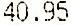
40.95